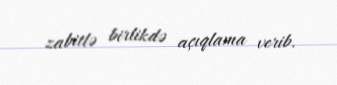
zabitlə birlikdə açıqlama verib.